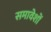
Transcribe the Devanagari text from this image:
समावेशों